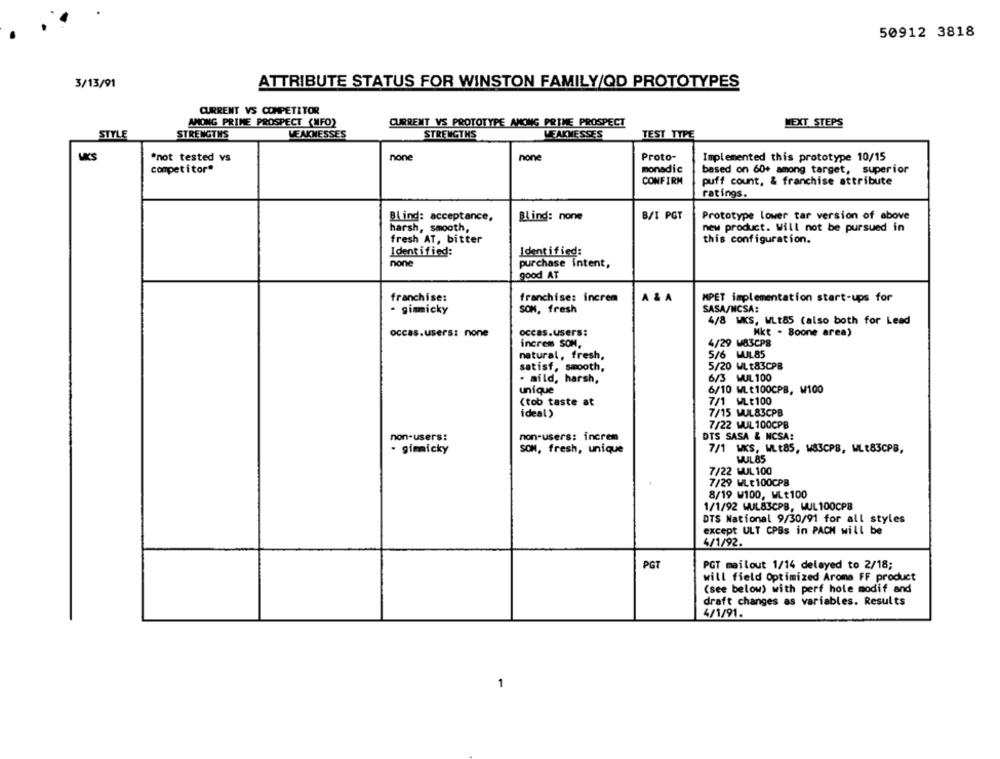
50912 3818
3/13/91
ATTRIBUTE STATUS FOR WINSTON FAMILY/QD PROTOTYPES
CURRENT VS COMPETITOR
AMONG PRIME PROSPECT (MFO)
CURRENT VS PROTOTYPE AMONG PRIME PROSPECT
NEXT STEPS
STYLE
STRENGTHS
WEAKNESSES
STRENGTHS
WEAKNESSES
TEST TYPE
MIKS
"not tested vs
none
none
Proto-
Implemented this prototype 10/15
monadic
competitor*
based on 60+ among target, superior
CONFIRM
puff count, & franchise attribute
ratings.
Blind: acceptance,
Blind: none
B/I PGT
Prototype lower tar version of above
harsh, smooth,
new product. Will not be pursued in
fresh AT, bitter
this configuration.
Identified:
Identified:
none
purchase intent,
good AT
franchise: increm
A &
franchise:
MPET implementation start-ups for
- gimmicky
son, fresh
SASA/NCSA:
4/8 WKS, WLt85 (also both for Lead
occas.users: none
occas.users:
Mkt - Soone area)
increm SOM,
4/29 W83CPS
natural, fresh,
5/6
WIL85
5/20 WLt83CPB
satisf, smooth,
. mild, harsh,
6/3 WUL 100
unique
6/10 WLt100CPB, W100
(tob taste at
7/1 WLt100
ideal›
7/15 WUL83CPB
7/22 WUL 100CPB
non-users:
non-users: increm
DTS SASA & NCSA:
SOM, fresh, unique
- gimmicky
7/1 WKS, WLt85, W83CPS, WLt83CPB,
MUL85
7/22 MUL 100
7/29 WLE 100CPB
8/19 W100, WLt100
1/1/92 WUL83CPB, WUL 100CPB
DTS National 9/30/91 for all styles
except ULT CPBs in PACH will be
4/1/92.
PGT
PGT mailout 1/14 delayed to 2/18;
will field Optimized Aroma FF product
(see below) with perf hole modif and
draft changes as variables. Results
4/1/91.
1